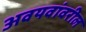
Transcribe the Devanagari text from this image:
अवयवांवरील